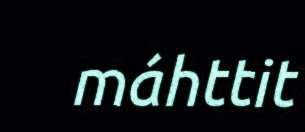
máhttit